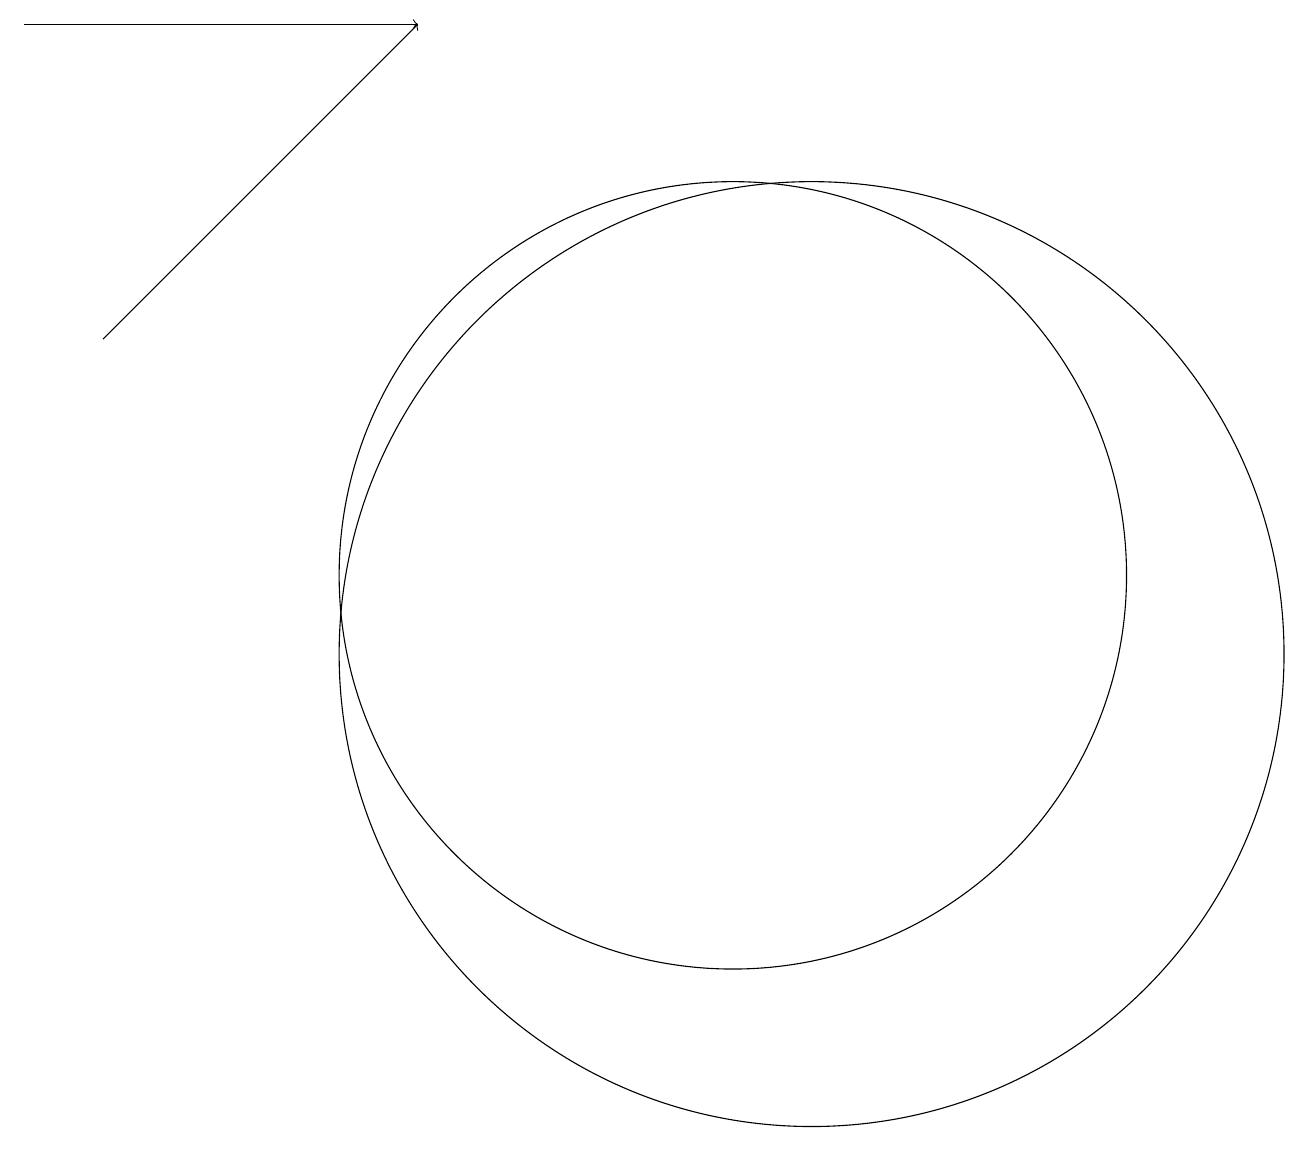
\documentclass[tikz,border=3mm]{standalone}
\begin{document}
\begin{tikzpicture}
\draw (11,10) circle (6);
\draw[->] (2,14) -- (6,18);
\draw (10,11) circle (5);
\draw[->] (1,18) -- (6,18);
\draw (11,10) circle (0);
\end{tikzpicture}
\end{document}